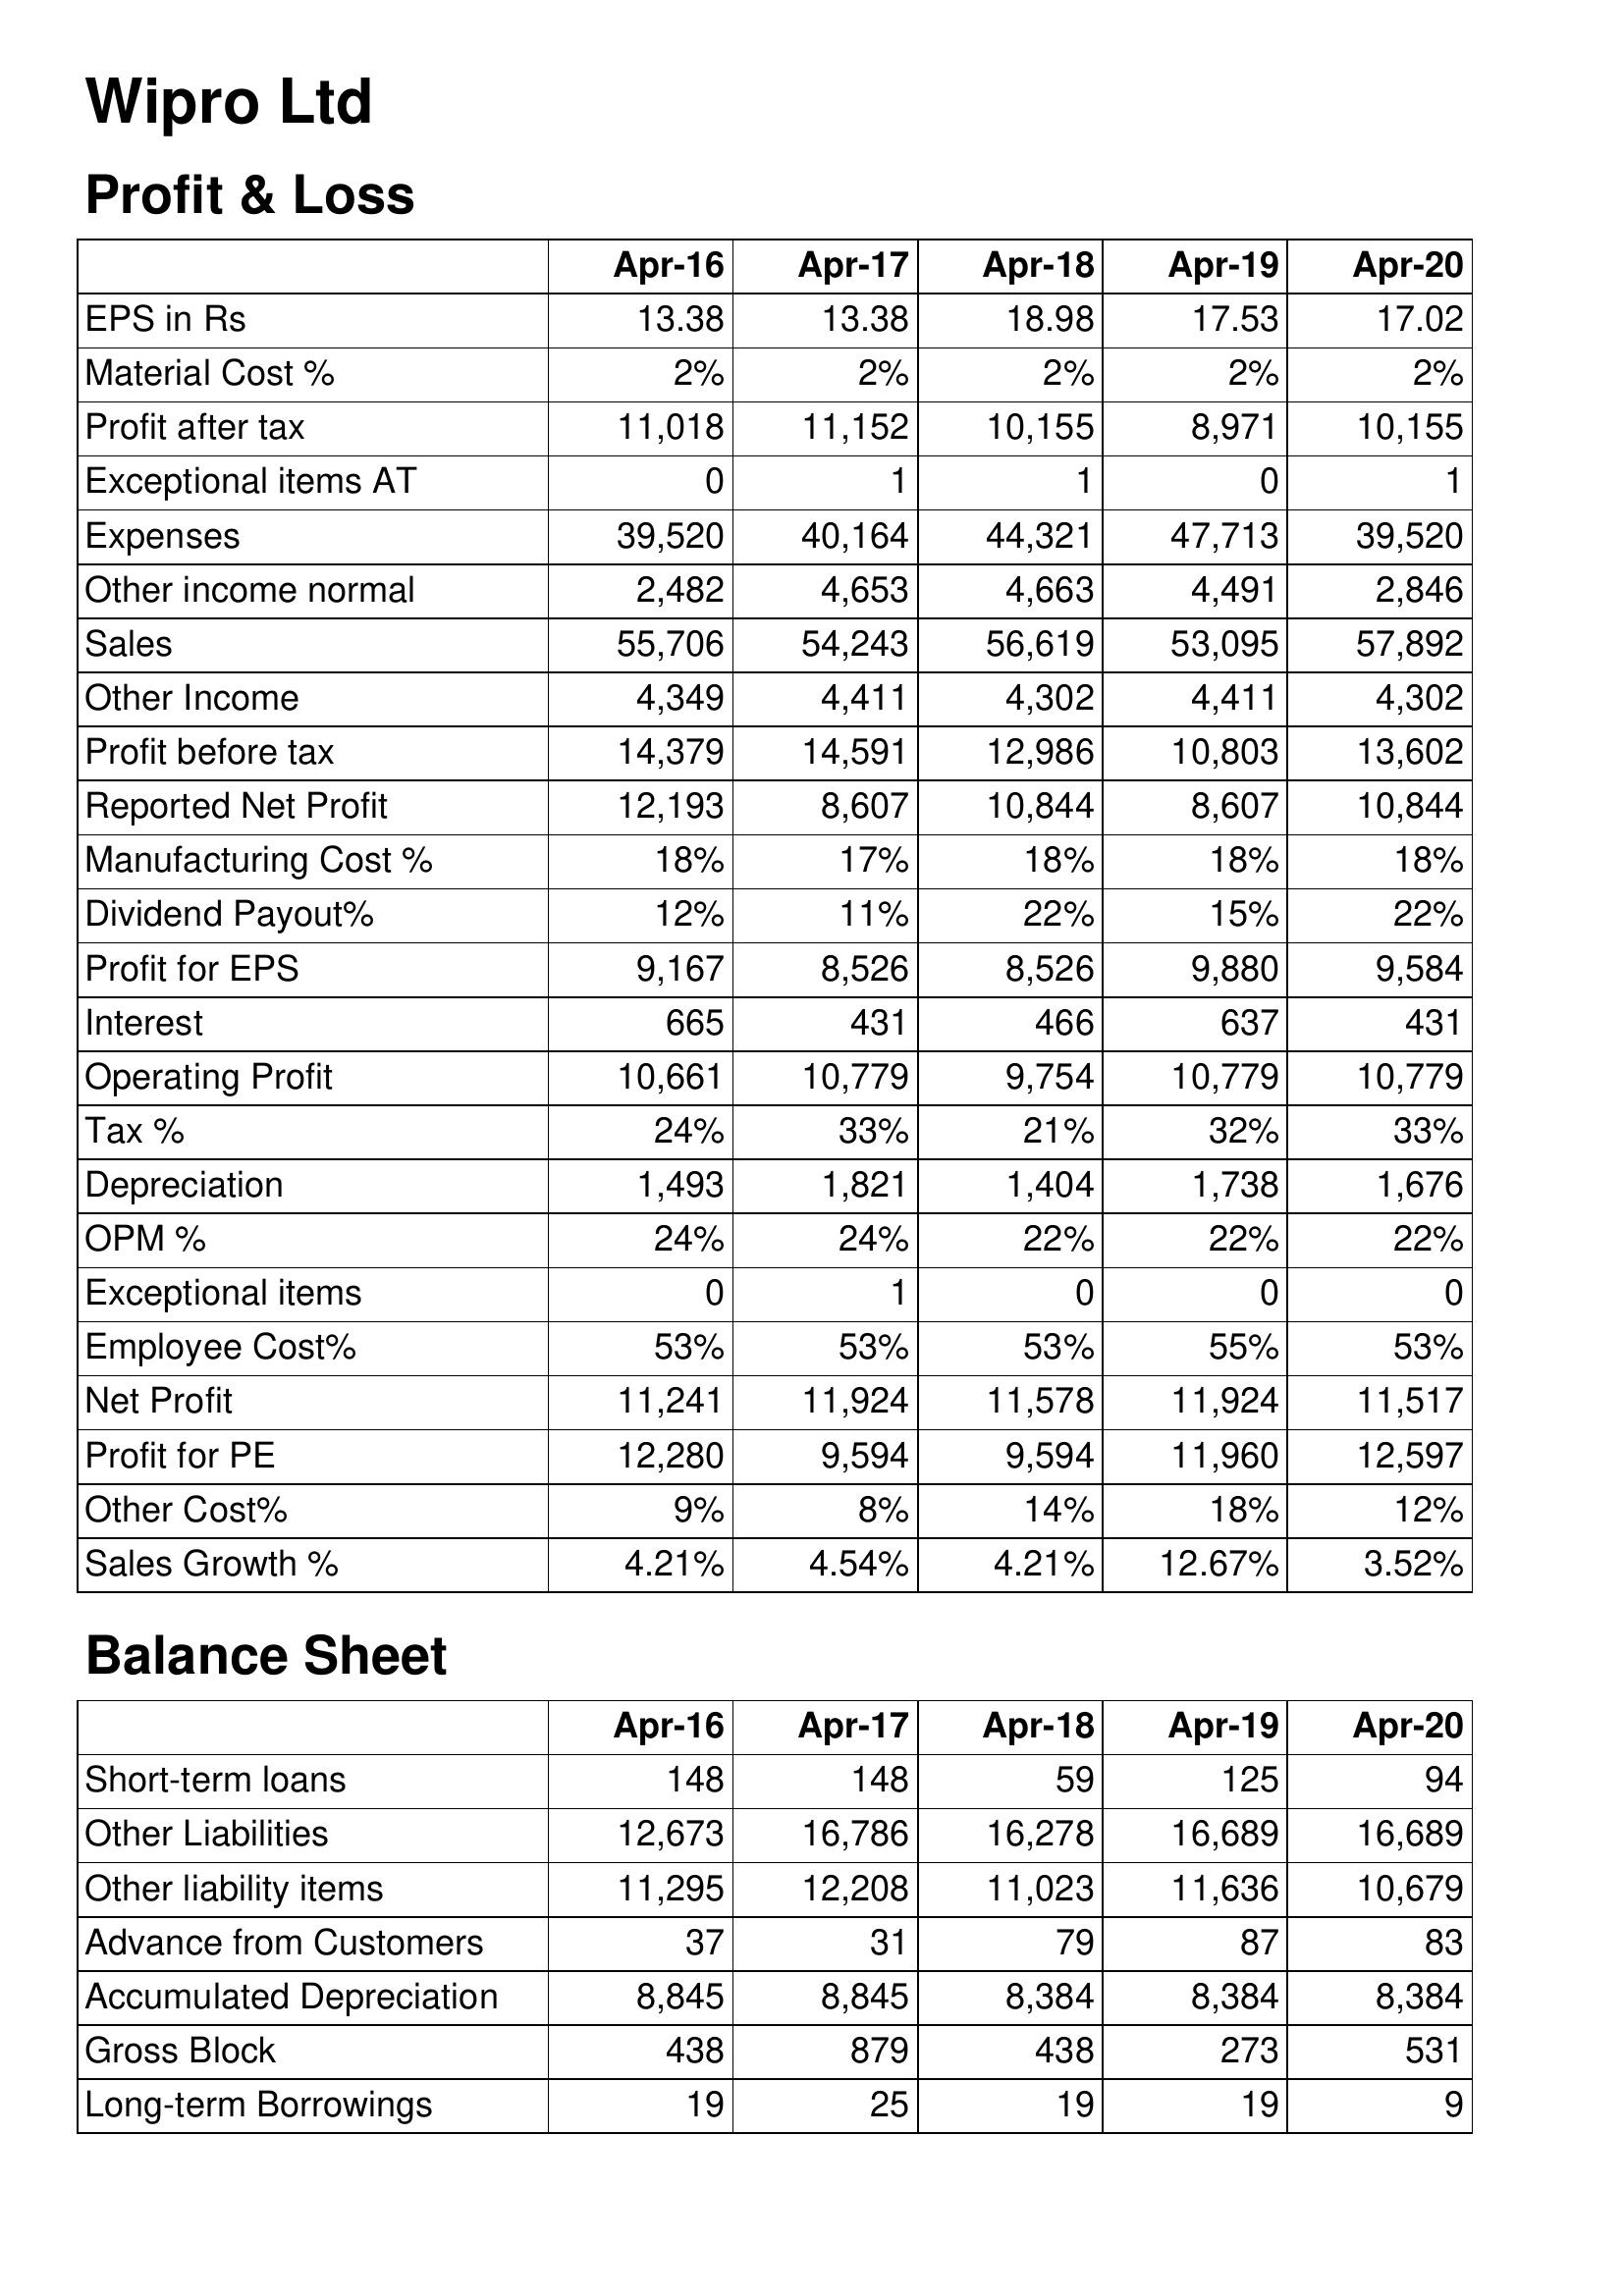
Apr-16: Profit & Loss: EPS in Rs: 13.38
Material Cost %: 2%
Profit after tax: 11,018
Exceptional items AT: 0
Expenses: 39,520
Other income normal: 2,482
Sales: 55,706
Other Income: 4,349
Profit before tax: 14,379
Reported Net Profit: 12,193
Manufacturing Cost %: 18%
Dividend Payout%: 12%
Profit for EPS: 9,167
Interest: 665
Operating Profit: 10,661
Tax %: 24%
Depreciation: 1,493
OPM %: 24%
Exceptional items: 0
Employee Cost%: 53%
Net Profit: 11,241
Profit for PE: 12,280
Other Cost%: 9%
Sales Growth %: 4.21%
Balance Sheet: Short-term loans: 148
Other Liabilities: 12,673
Other liability items: 11,295
Advance from Customers: 37
Accumulated Depreciation: 8,845
Gross Block: 438
Long-term Borrowings: 19
Apr-17: Profit & Loss: EPS in Rs: 13.38
Material Cost %: 2%
Profit after tax: 11,152
Exceptional items AT: 1
Expenses: 40,164
Other income normal: 4,653
Sales: 54,243
Other Income: 4,411
Profit before tax: 14,591
Reported Net Profit: 8,607
Manufacturing Cost %: 17%
Dividend Payout%: 11%
Profit for EPS: 8,526
Interest: 431
Operating Profit: 10,779
Tax %: 33%
Depreciation: 1,821
OPM %: 24%
Exceptional items: 1
Employee Cost%: 53%
Net Profit: 11,924
Profit for PE: 9,594
Other Cost%: 8%
Sales Growth %: 4.54%
Balance Sheet: Short-term loans: 148
Other Liabilities: 16,786
Other liability items: 12,208
Advance from Customers: 31
Accumulated Depreciation: 8,845
Gross Block: 879
Long-term Borrowings: 25
Apr-18: Profit & Loss: EPS in Rs: 18.98
Material Cost %: 2%
Profit after tax: 10,155
Exceptional items AT: 1
Expenses: 44,321
Other income normal: 4,663
Sales: 56,619
Other Income: 4,302
Profit before tax: 12,986
Reported Net Profit: 10,844
Manufacturing Cost %: 18%
Dividend Payout%: 22%
Profit for EPS: 8,526
Interest: 466
Operating Profit: 9,754
Tax %: 21%
Depreciation: 1,404
OPM %: 22%
Exceptional items: 0
Employee Cost%: 53%
Net Profit: 11,578
Profit for PE: 9,594
Other Cost%: 14%
Sales Growth %: 4.21%
Balance Sheet: Short-term loans: 59
Other Liabilities: 16,278
Other liability items: 11,023
Advance from Customers: 79
Accumulated Depreciation: 8,384
Gross Block: 438
Long-term Borrowings: 19
Apr-19: Profit & Loss: EPS in Rs: 17.53
Material Cost %: 2%
Profit after tax: 8,971
Exceptional items AT: 0
Expenses: 47,713
Other income normal: 4,491
Sales: 53,095
Other Income: 4,411
Profit before tax: 10,803
Reported Net Profit: 8,607
Manufacturing Cost %: 18%
Dividend Payout%: 15%
Profit for EPS: 9,880
Interest: 637
Operating Profit: 10,779
Tax %: 32%
Depreciation: 1,738
OPM %: 22%
Exceptional items: 0
Employee Cost%: 55%
Net Profit: 11,924
Profit for PE: 11,960
Other Cost%: 18%
Sales Growth %: 12.67%
Balance Sheet: Short-term loans: 125
Other Liabilities: 16,689
Other liability items: 11,636
Advance from Customers: 87
Accumulated Depreciation: 8,384
Gross Block: 273
Long-term Borrowings: 19
Apr-20: Profit & Loss: EPS in Rs: 17.02
Material Cost %: 2%
Profit after tax: 10,155
Exceptional items AT: 1
Expenses: 39,520
Other income normal: 2,846
Sales: 57,892
Other Income: 4,302
Profit before tax: 13,602
Reported Net Profit: 10,844
Manufacturing Cost %: 18%
Dividend Payout%: 22%
Profit for EPS: 9,584
Interest: 431
Operating Profit: 10,779
Tax %: 33%
Depreciation: 1,676
OPM %: 22%
Exceptional items: 0
Employee Cost%: 53%
Net Profit: 11,517
Profit for PE: 12,597
Other Cost%: 12%
Sales Growth %: 3.52%
Balance Sheet: Short-term loans: 94
Other Liabilities: 16,689
Other liability items: 10,679
Advance from Customers: 83
Accumulated Depreciation: 8,384
Gross Block: 531
Long-term Borrowings: 9